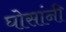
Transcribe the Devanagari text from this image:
घोसांनी